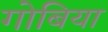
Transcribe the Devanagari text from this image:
गोबिया